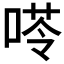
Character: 𠸖